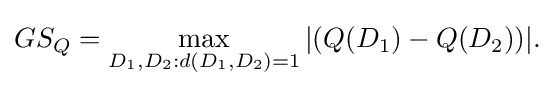
GS_{Q}=\max _{D_{1},D_{2}:d(D_{1},D_{2})=1}|(Q(D_{1})-Q(D_{2}))|.\,\!